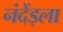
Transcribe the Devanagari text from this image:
नंदेंड्ला